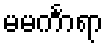
မမင်္ကာရာ